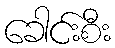
ခေါင်းစီး